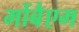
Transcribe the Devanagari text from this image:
मोंबैएम